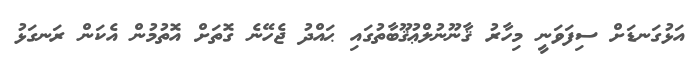
އަޅުގަނޑަށް ސިފަވަނީ މިހާރު ޤާނޫނުލްޢުޤޫބާތުގައި ޙައްދު ޖެހޭނެ ގޮތަށް އޮތުމުން އެކަން ރަނގަޅު